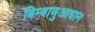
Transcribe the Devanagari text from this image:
बिम्बाणुआधान